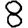
Digit: 8